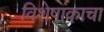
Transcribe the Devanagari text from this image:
विशेषांकाचा